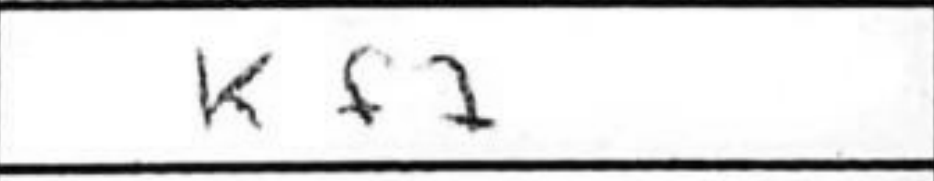
Transcription: Kf7